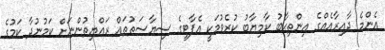
އެންމެ ދާއިރާއެއްގެ އިންތިޙާބު ކާމިޔާބު ކުރެވުމަކީ އެޕާޓީގެ ސިޔާސަތުތައް ރައްޔިތުންނަށް ކަމުނުދާ ކަމުގެ